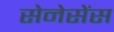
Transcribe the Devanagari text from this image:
सेनेसेंस